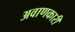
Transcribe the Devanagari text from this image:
अवाणकारी